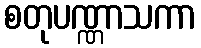
စတုပဏ္ဏာသကာ